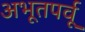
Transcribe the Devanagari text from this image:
अभूतपर्वू